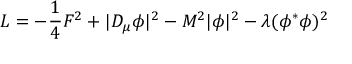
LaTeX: { \cal L } = - { \frac { 1 } { 4 } } F ^ { 2 } + | D _ { \mu } \phi | ^ { 2 } - M ^ { 2 } | \phi | ^ { 2 } - \lambda ( \phi ^ { * } \phi ) ^ { 2 }